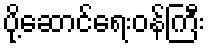
ပို့ဆောင်ရေးဝန်ကြီး